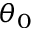
\theta _ { 0 }